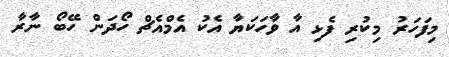
މިފަހަރު މިކުރި ފެޅި އާ ވާހަކަޔާ އެކު އެމްއެޗް ހޯދަން ހޭބޯ ނާރާ